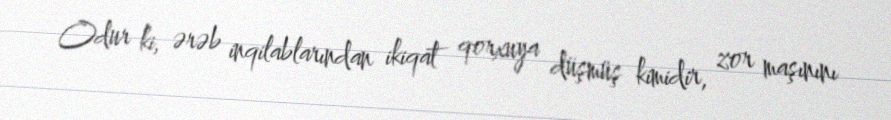
Odur ki, ərəb inqilablarından ikiqat qorxuya düşmüş kimidir, zor maşınını